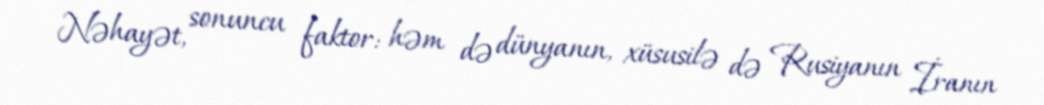
Nəhayət, sonuncu faktor: həm də dünyanın, xüsusilə də Rusiyanın İranın